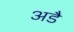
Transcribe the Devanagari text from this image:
अडै